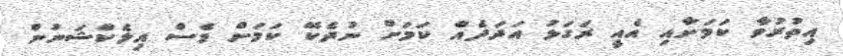
އިތުރުވާ ކަމަށާއި އެއީ ރަގަޅު އަދަދެއް ކަމަށް ނުދެކޭ ކަމަށް ވެސް އިލެކްޝަނުން